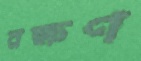
রক্ষণ